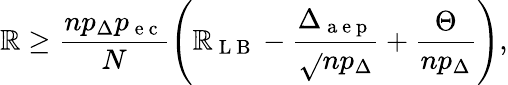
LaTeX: \mathbb{R}\geq\frac{{np_{\Delta}p_{\mathrm{{~e~c~}}}}}{{N}}\left(\mathbb{R}_{\mathrm{{~L~B~}}}-\frac{{\Delta_{\mathrm{{~a~e~p~}}}}}{{\sqrt{}{{np_{\Delta}}}}}+\frac{{\Theta}}{{np_{\Delta}}}\right),